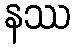
နဿ